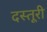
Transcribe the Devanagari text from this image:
दस्तूरी